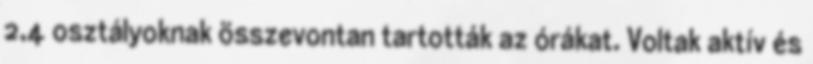
2,4 osztályoknak összevontan tartották az órákat. Voltak aktív és